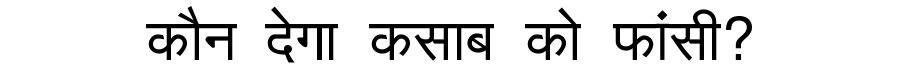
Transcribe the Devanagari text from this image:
कौन देगा कसाब को फांसी?